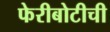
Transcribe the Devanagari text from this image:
फेरीबोटीची